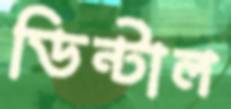
ডিন্টাল